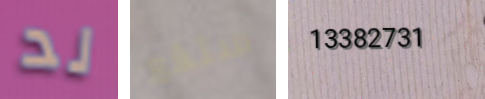
لد ستقع 13382731